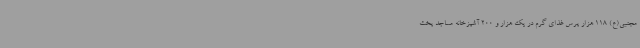
مجتبی(ع) 118 هزار پرس غذای گرم در یک هزار و 200 آشپزخانه مساجد پخت